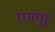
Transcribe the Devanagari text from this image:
रामपुर्